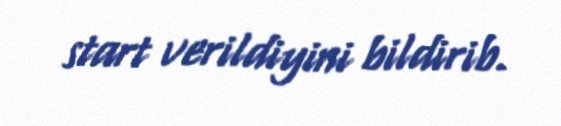
start verildiyini bildirib.